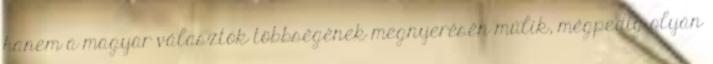
hanem a magyar választók többségének megnyerésén múlik, mégpedig olyan